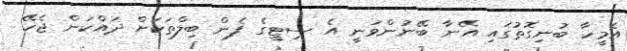
އެމީހާ ބުނިގޮތުގައި އޭނާ ބޭނުންވަނީ އެ ސިޓީގެ ފެން ބިލްތަކަށް ދައްކަން ޖެހޭ